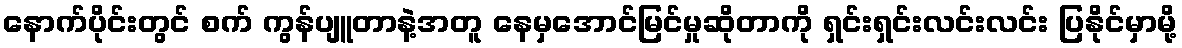
နောက်ပိုင်းတွင် စက် ကွန်ပျူတာနဲ့အတူ နေမှအောင်မြင်မှုဆိုတာကို ရှင်းရှင်းလင်းလင်း ပြနိုင်မှာမို့